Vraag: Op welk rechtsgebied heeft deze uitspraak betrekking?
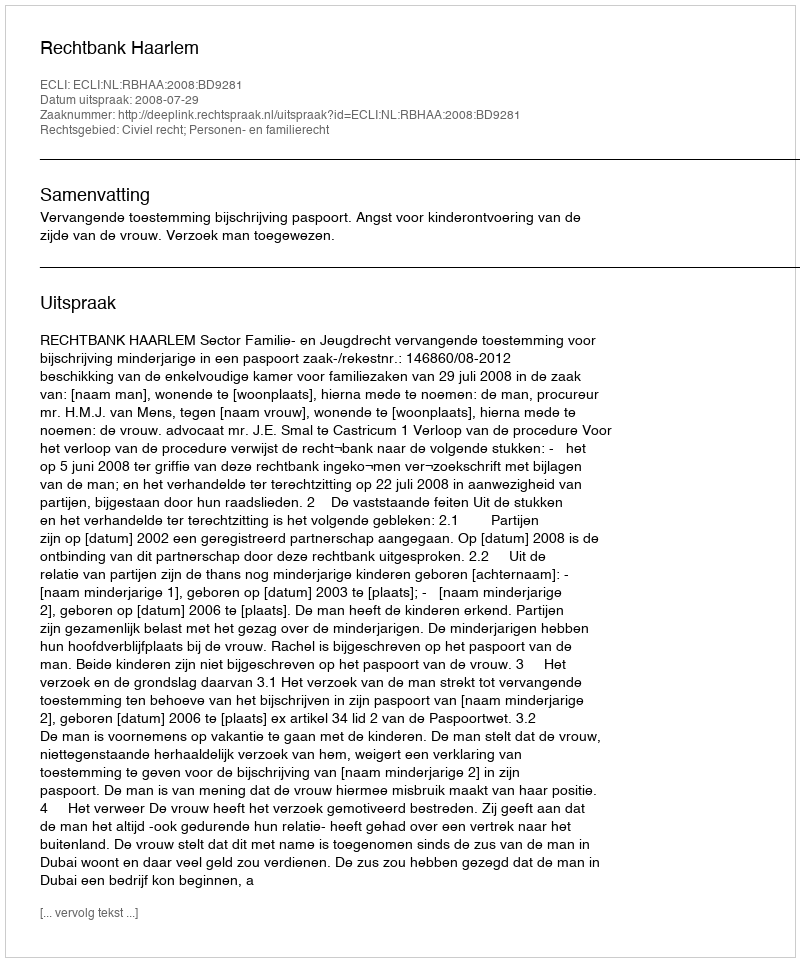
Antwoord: Civiel recht; Personen- en familierecht